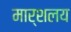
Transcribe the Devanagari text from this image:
मार्शलय